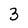
Character: 3